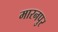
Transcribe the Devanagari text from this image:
मारनपुर